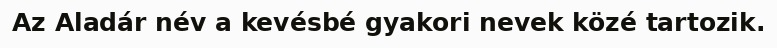
Az Aladár név a kevésbé gyakori nevek közé tartozik.